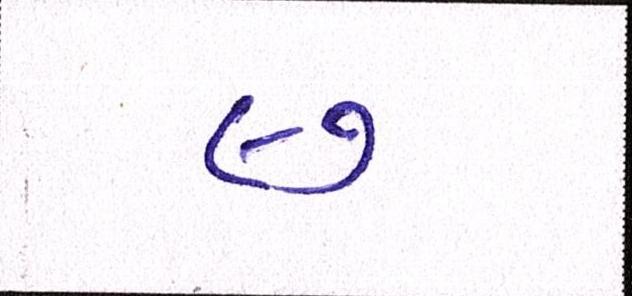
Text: ૯૭